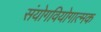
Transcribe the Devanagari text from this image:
संयोगवियोगात्मक